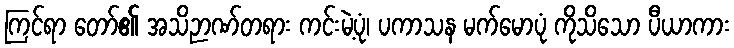
ကြင်ရာ တော်၏ အသိဉာဏ်တရား ကင်းမဲ့ပုံ၊ ပကာသန မက်မောပုံ ကိုသိသော ပီယာကား